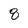
Character: 8